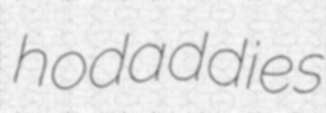
hodaddies